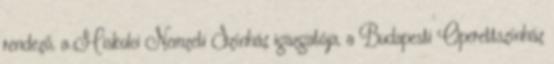
rendező, a Miskolci Nemzeti Színház igazgatója, a Budapesti Operettszínház